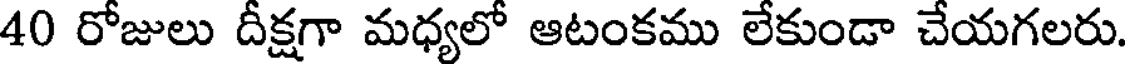
40 రోజులు దీక్షగా మధ్యలో ఆటంకము లేకుండా చేయగలరు